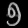
Digit: ၅